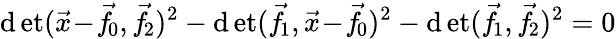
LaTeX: \operatorname*{\mathrm{d}et}({\vec{{x}}}\! -\! {\vec{{f}}}\! _{0},{\vec{{f}}}\! _{2})^{2}-\operatorname*{\mathrm{d}et}({\vec{{f}}}\! _{1},{\vec{{x}}}\! -\! {\vec{{f}}}\! _{0})^{2}-\operatorname*{\mathrm{d}et}({\vec{{f}}}\! _{1},{\vec{{f}}}\! _{2})^{2}=0